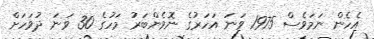
އެހެން ނަމަވެސް 1975 ވަނަ އަހަރުގެ ނޮވެންބަރު މަހުގެ 30 ވަނަ ދުވަހަށް